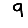
Digit: 9